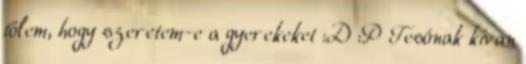
tőlem, hogy szeretem-e a gyerekeket :D :P Tesónak kivan